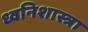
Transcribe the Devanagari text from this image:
ध्वनिशास्त्रा